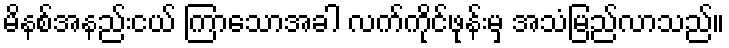
မိနစ်အနည်းငယ် ကြာသောအခါ လက်ကိုင်ဖုန်းမှ အသံမြည်လာသည်။